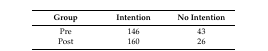
| Group | Intention | No Intention |
 | --- | --- | --- |
 | Pre | 146 | 43 |
 | Post | 160 | 26 |